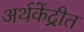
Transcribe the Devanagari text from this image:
अर्थकेंद्रीत